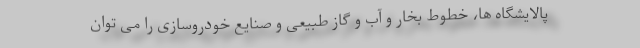
پالایشگاه ها، خطوط بخار و آب و گاز طبیعی و صنایع خودروسازی را می توان